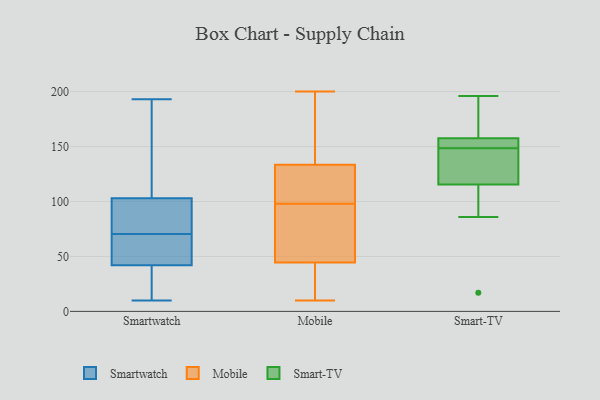
{"axis": {"x": "Gross Profit (USD K)", "y": "Value"}, "legend": ["Mobile", "Smart-TV", "Smartwatch"], "data": [{"x": "", "y": 79, "type": "Smartwatch"}, {"x": "", "y": 125, "type": "Smartwatch"}, {"x": "", "y": 40, "type": "Smartwatch"}, {"x": "", "y": 110, "type": "Smartwatch"}, {"x": "", "y": 193, "type": "Smartwatch"}, {"x": "", "y": 47, "type": "Smartwatch"}, {"x": "", "y": 41, "type": "Smartwatch"}, {"x": "", "y": 23, "type": "Smartwatch"}, {"x": "", "y": 43, "type": "Smartwatch"}, {"x": "", "y": 42, "type": "Smartwatch"}, {"x": "", "y": 98, "type": "Smartwatch"}, {"x": "", "y": 141, "type": "Smartwatch"}, {"x": "", "y": 10, "type": "Smartwatch"}, {"x": "", "y": 57, "type": "Smartwatch"}, {"x": "", "y": 103, "type": "Smartwatch"}, {"x": "", "y": 62, "type": "Smartwatch"}, {"x": "", "y": 79, "type": "Smartwatch"}, {"x": "", "y": 98, "type": "Smartwatch"}, {"x": "", "y": 149, "type": "Mobile"}, {"x": "", "y": 45, "type": "Mobile"}, {"x": "", "y": 10, "type": "Mobile"}, {"x": "", "y": 115, "type": "Mobile"}, {"x": "", "y": 104, "type": "Mobile"}, {"x": "", "y": 68, "type": "Mobile"}, {"x": "", "y": 200, "type": "Mobile"}, {"x": "", "y": 28, "type": "Mobile"}, {"x": "", "y": 44, "type": "Mobile"}, {"x": "", "y": 134, "type": "Mobile"}, {"x": "", "y": 170, "type": "Mobile"}, {"x": "", "y": 95, "type": "Mobile"}, {"x": "", "y": 47, "type": "Mobile"}, {"x": "", "y": 60, "type": "Mobile"}, {"x": "", "y": 24, "type": "Mobile"}, {"x": "", "y": 177, "type": "Mobile"}, {"x": "", "y": 115, "type": "Mobile"}, {"x": "", "y": 101, "type": "Mobile"}, {"x": "", "y": 13, "type": "Mobile"}, {"x": "", "y": 133, "type": "Mobile"}, {"x": "", "y": 133, "type": "Smart-TV"}, {"x": "", "y": 157, "type": "Smart-TV"}, {"x": "", "y": 166, "type": "Smart-TV"}, {"x": "", "y": 155, "type": "Smart-TV"}, {"x": "", "y": 179, "type": "Smart-TV"}, {"x": "", "y": 92, "type": "Smart-TV"}, {"x": "", "y": 155, "type": "Smart-TV"}, {"x": "", "y": 137, "type": "Smart-TV"}, {"x": "", "y": 86, "type": "Smart-TV"}, {"x": "", "y": 196, "type": "Smart-TV"}, {"x": "", "y": 144, "type": "Smart-TV"}, {"x": "", "y": 132, "type": "Smart-TV"}, {"x": "", "y": 133, "type": "Smart-TV"}, {"x": "", "y": 92, "type": "Smart-TV"}, {"x": "", "y": 17, "type": "Smart-TV"}, {"x": "", "y": 154, "type": "Smart-TV"}, {"x": "", "y": 158, "type": "Smart-TV"}, {"x": "", "y": 153, "type": "Smart-TV"}, {"x": "", "y": 99, "type": "Smart-TV"}, {"x": "", "y": 158, "type": "Smart-TV"}]}